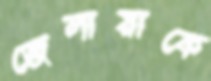
জেলায়াকে